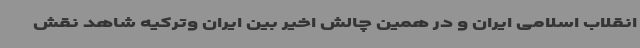
انقلاب اسلامی ایران و در همین چالش اخیر بین ایران وترکیه شاهد نقش